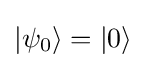
|\psi _{0}\rangle =|0\rangle